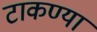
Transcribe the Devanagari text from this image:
टाकण्या